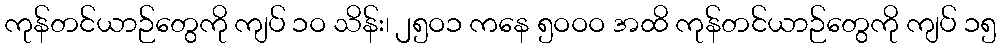
ကုန်တင်ယာဉ်တွေကို ကျပ် ၁ဝ သိန်း၊ ၂၅ဝ၁ ကနေ ၅ဝဝဝ အထိ ကုန်တင်ယာဉ်တွေကို ကျပ် ၁၅